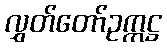
လွှတ်တော်ဥက္ကဋ္ဌ